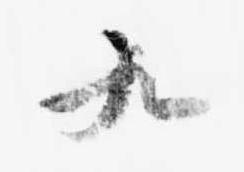
九